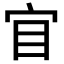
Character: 𡧟